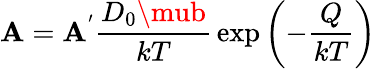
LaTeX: \mathbf{A}=\mathbf{A}^{'}{\frac{{D_{0}\mub}}{{kT}}}\exp\left(-{\frac{{Q}}{{kT}}}\right)